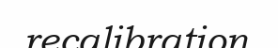
recalibration